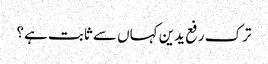
ترک رفع یدین کہاں سے ثابت ہے؟